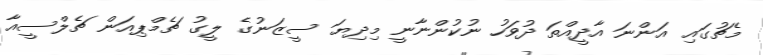
މެޗުގައި އަންނަ އާދީއްތަ ދުވަހު ނުކުންނާނީ މިދިޔަ ސީޒަނުގެ ލީގު ޗެމްޕިއަން ޗެލްސީއާ